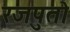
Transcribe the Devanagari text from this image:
रजपुतो